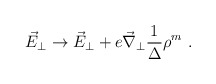
\begin{align*}\vec{E}_{\perp} \rightarrow \vec{E}_{\perp} + e \vec{\nabla } _{\perp} \frac{1}{\Delta}\rho^{m} \ .\end{align*}